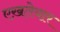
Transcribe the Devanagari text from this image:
एख़तेयार